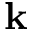
\mathbf { k }